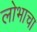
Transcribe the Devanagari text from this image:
लोभाचा